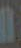
ال